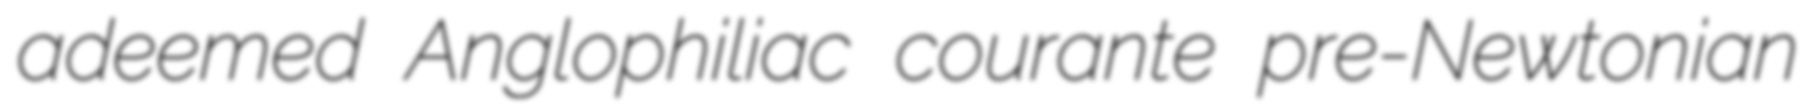
adeemed Anglophiliac courante pre-Newtonian